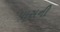
પાસની